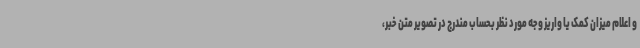
و اعلام میزان کمک یا واریز وجه مورد نظر بحساب مندرج در تصویر متن خبر،